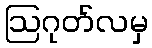
ဩဂုတ်လမှ